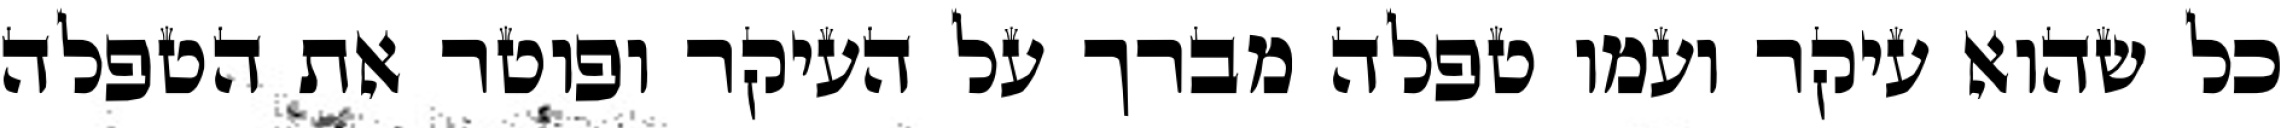
כל שהוא עיקר ועמו טפלה מברך על העיקר ופוטר את הטפלה